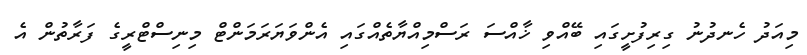
މިއަދު ހެނދުނު ގިރިފުށީގައި ބޭއްވި ޚާއްސަ ރަސްމިއްޔާތެއްގައި އެންވަޔަރަމަންޓް މިނިސްޓްރީގެ ފަރާތުން އެ